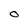
Character: 0